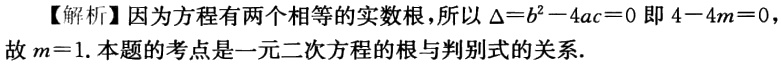
【解析】因为方程有两个相等的实数根，所以$\Delta =b^{2}-4ac = 0$即$4 - 4m = 0$，故$m = 1$.本题的考点是一元二次方程的根与判别式的关系.